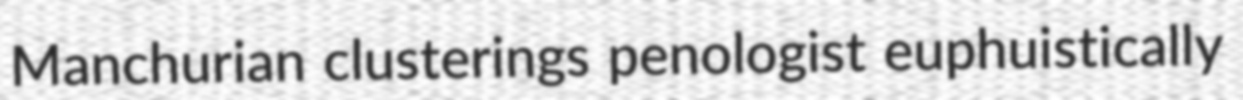
Manchurian clusterings penologist euphuistically